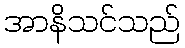
အာနိသင်သည်